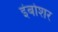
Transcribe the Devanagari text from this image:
इंबोशर